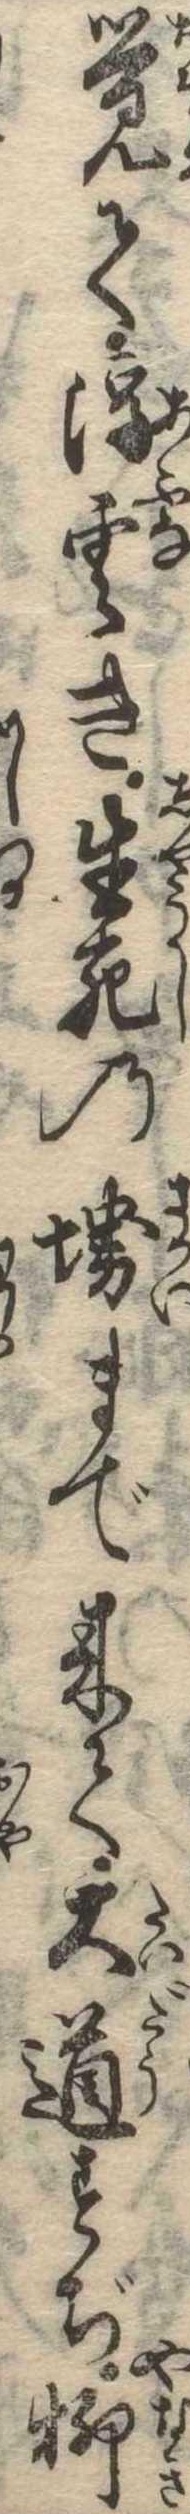
覚て浮雲き生死の堺まで来て大道すぢ柳